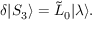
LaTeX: \delta | S _ { 3 } \rangle = \tilde { L } _ { 0 } { \mid } \lambda \rangle .